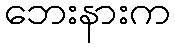
ဘေးနားက